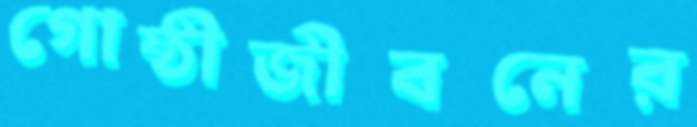
গোষ্ঠীজীবনের